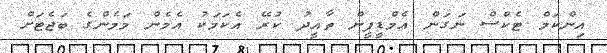
އިންކަމް ޓެކްސް ނަގަން އެމްޑީޕީން ތާއީދު ކުރޭ އެކަމަކު އެމެން މަމެންގެ ބަޖެޓަށް